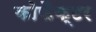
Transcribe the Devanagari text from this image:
कोफैक्टर